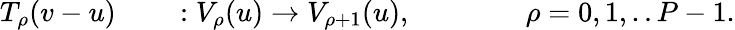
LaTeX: T_{\rho}(v-u)\qquad:V_{\rho}(u)\rightarrow V_{\rho+1}(u),\qquad\qquad\rho=0,1,..P-1.